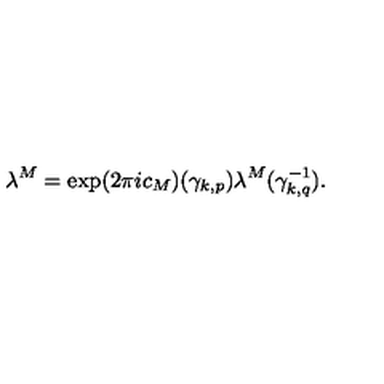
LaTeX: \lambda ^ { M } = \exp ( 2 \pi i c _ { M } ) ( { \gamma } _ { k , p } ) \lambda ^ { M } ( { \gamma } _ { k , q } ^ { - 1 } ) .